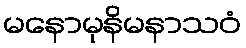
မနောမုနိမနာသဝံ